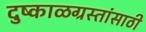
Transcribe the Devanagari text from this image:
दुष्काळग्रस्तांसाठी